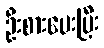
ဦးစားပေးပြီး